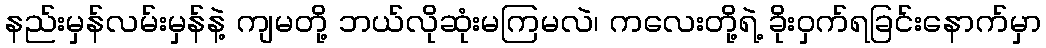
နည်းမှန်လမ်းမှန်နဲ့ ကျမတို့ ဘယ်လိုဆုံးမကြမလဲ၊ ကလေးတို့ရဲ့ ခိုးဝှက်ရခြင်းနောက်မှာ